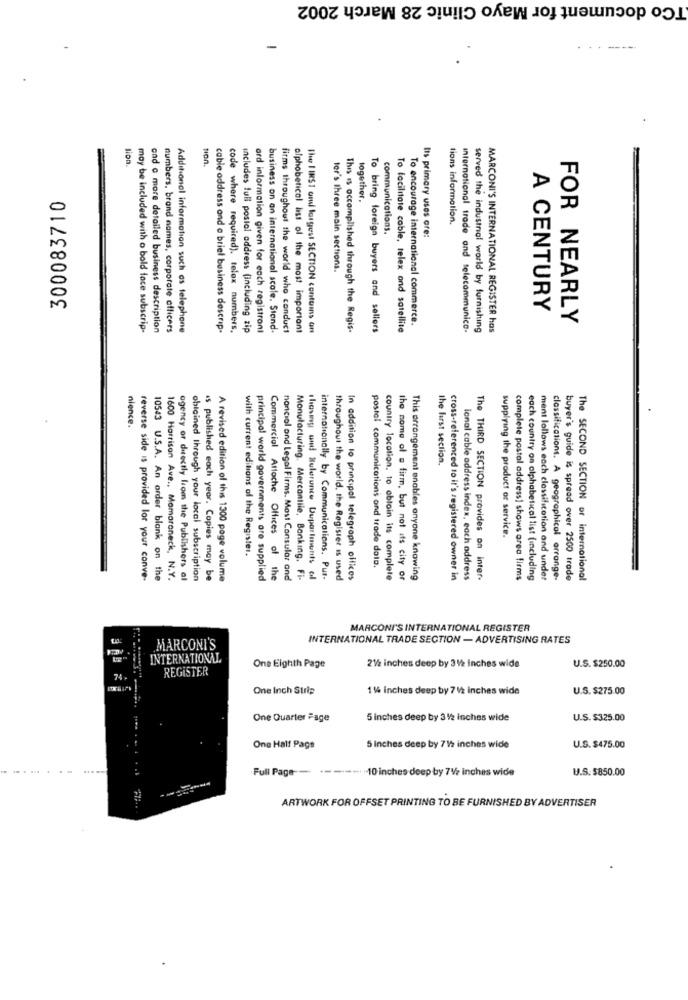
TCo document for Mayo Clinic 28 March 2002
-
.
-------
lion.
won.
300083710
together.
tions information.
communications.
Its primary uses are:
ter's Ihree main sections.
A CENTURY
To encourage international commerce.
FOR NEARLY
may be included with o bold face subscrip-
and a more detailed business description
numbers, brand names, corporate officers
Additional information such as telephone
cable address and a briel business descrip.
code where required), telex numbers,
includes full postal address (including zip
ard information given for each registrant
business on an international scole. Stond.
firms throughout the world who conduct
alphabetical list of the most important
The FIRST onsi largest SECTION contums an
This is accomplished through the Regis-
To bring foreign buyers and sellers
To facilitate cable, telex and satellite
International trade and telecommunico.
served the industrial world by furnishing
MARCONI'S INTERNATIONAL REGISTER has
nience.
the first section.
supplying the product or service.
with current editions of the Register.
postal communications ond trade doto.
reverse side is provided lor your conve-
10543 U.S.A. An order blank on the
1600 Harrison Ave ., Mamaroneck, N.Y.
agency or directly from the Publishers al
obtained through your local subscription
is published each year. Copies may be
A revised edition of this 1300 page volume
principal world governments are supplied
Commercial Attoche Offices of the
nancial and Legal Firms. Most Consular and
Monulacturing. Mercantile, Banking, Fi-
showing and Rulerance Departments cl
internationally by Communications. Put.
throughout the world, the Register is used
In addition to principal telegraph offices
country location, to obtain its complete
the nome of a firm, but not ats city of
This arrangement enables anyone knowing
cross-referenced to it's registered owner in
ional cable address index, each address
The THIRD SECTION provides on inter-
complete postal address] shows area firms
each country on alphabetical list (including
ment lollaws each classification and under
classifications. A geographical arrange-
buyer's guide is spread over 2500 trade
The SECOND SECTION of international
MARCONI'S INTERNATIONAL REGISTER
INTERNATIONAL TRADE SECTION - ADVERTISING RATES
MARCONI'S
INTERNATIONAL
REGISTER
One Eighth Page
21/2 inches deep by 3 12 inches wide
U.S. $250.00
74
One Inch Surle
1% inches deep by 7 12 inches wide
U.S. $275.00
One Quarter Fage
5 inches deep by 3 1/2 inches wide
U.S. $325.00
One Half Page
5 Inches deep by 712 inches wide
U.S. $475.00
Full Page -- + ----- -- 10 inches deep by 71/2 inches wide
U.S. $850.00
ARTWORK FOR OFFSET PRINTING TO BE FURNISHED BY ADVERTISER